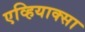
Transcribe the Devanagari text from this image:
एव्हियाक्सा